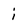
Character: i